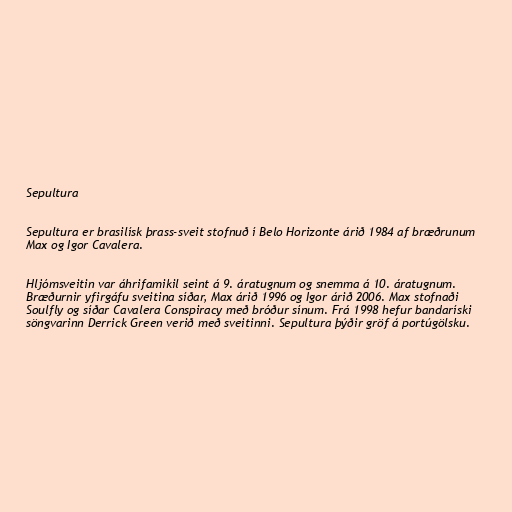
Sepultura

Sepultura er brasilísk þrass-sveit stofnuð í Belo Horizonte árið 1984 af bræðrunum
Max og Igor Cavalera.

Hljómsveitin var áhrifamikil seint á 9. áratugnum og snemma á 10. áratugnum.
Bræðurnir yfirgáfu sveitina síðar, Max árið 1996 og Igor árið 2006. Max stofnaði
Soulfly og síðar Cavalera Conspiracy með bróður sínum. Frá 1998 hefur bandaríski
söngvarinn Derrick Green verið með sveitinni. Sepultura þýðir gröf á portúgölsku.